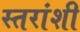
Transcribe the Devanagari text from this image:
स्तरांशी